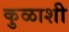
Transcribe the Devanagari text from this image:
कुळाशी